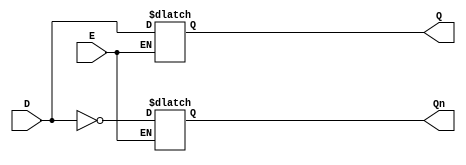
/* Behavioral model of D_latch

*/

module D_latch( output reg Q, Qn
		,input wire E,D);
always @(E or D)
  if( E == 1'b1)
	begin 
	Q <= D;
	Qn <= ~D;
	end 
endmodule